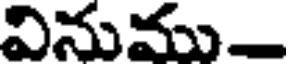
వినుము